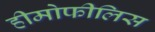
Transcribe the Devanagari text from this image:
हीमोफीलिस